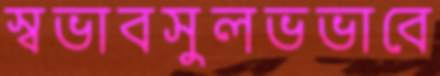
স্বভাবসুলভভাবে